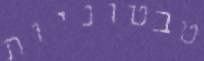
טבטוניות